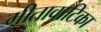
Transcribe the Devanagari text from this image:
गीतावाटिका